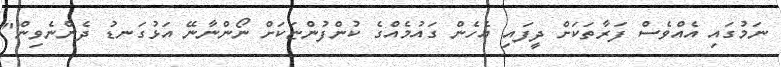
ނަމުގައި އެއްވެސް ފަރާތަކަށް ދީފައި އެހެން ގައުމެއްގެ ކުންފުންޏަކަށް ނޯންނާނޭ އަޅުގަނޑު ދެންނެވިން"